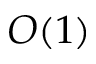
O ( 1 )